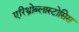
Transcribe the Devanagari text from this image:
एरिथ्रोब्लास्टोसिस